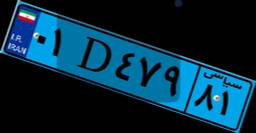
۰۱D۴۷۹۸۱